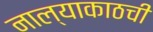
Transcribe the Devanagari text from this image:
नाल्याकाठची